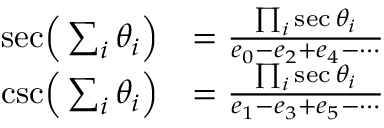
{ \begin{array} { r l } { { \sec } { \Bigl ( } \sum _ { i } \theta _ { i } { \Bigr ) } } & { = { \frac { \prod _ { i } \sec \theta _ { i } } { e _ { 0 } - e _ { 2 } + e _ { 4 } - \cdots } } } \\ { { \csc } { \Bigl ( } \sum _ { i } \theta _ { i } { \Bigr ) } } & { = { \frac { \prod _ { i } \sec \theta _ { i } } { e _ { 1 } - e _ { 3 } + e _ { 5 } - \cdots } } } \end{array} }